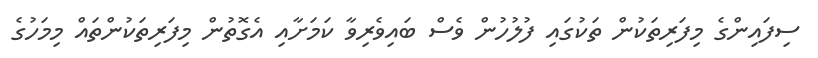
ސިފައިންގެ މިފަރިތަކުން ތަކުގައި ފުލުހުން ވެސް ބައިވެރިވާ ކަަމަށާއި އެގޮތުން މިފަރިތަކުންތައް މިމަހުގެ